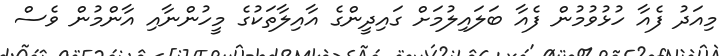
މިއަދު ފެއާ ހުޅުވުމުން ފެއާ ބަލައިލުމަށް ގައިދީންގެ އާއިލާތަކުގެ މީހުންނާއި އާންމުން ވެސް